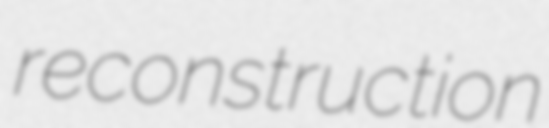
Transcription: reconstruction